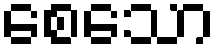
စေသော